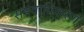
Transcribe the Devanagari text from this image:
समवायिकरण